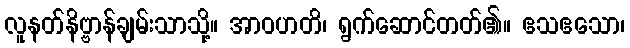
လူနတ်နိဗ္ဗာန်ချမ်းသာသို့။ အာဝဟတိ၊ ရွက်ဆောင်တတ်၏။ ဧသဧသော၊